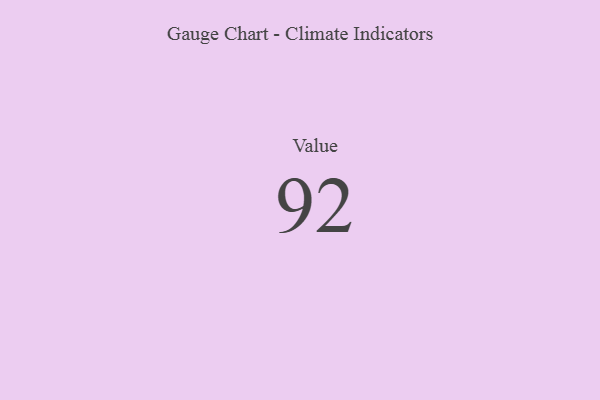
{"axis": {"x": "Metric", "y": "Value"}, "legend": [""], "data": [{"x": "Value", "y": 92, "type": ""}]}